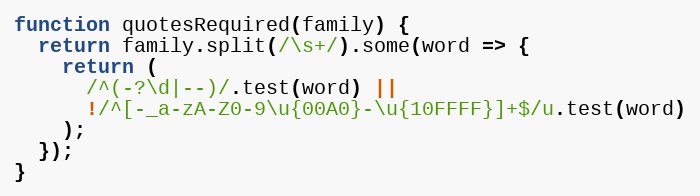
Language: JavaScript
function quotesRequired(family) {
  return family.split(/\s+/).some(word => {
    return (
      /^(-?\d|--)/.test(word) ||
      !/^[-_a-zA-Z0-9\u{00A0}-\u{10FFFF}]+$/u.test(word)
    );
  });
}